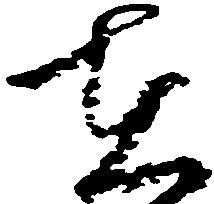
在